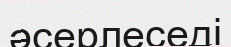
әсерлеседі